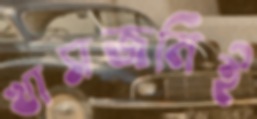
খাসজমিই